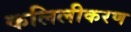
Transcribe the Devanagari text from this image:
कलिलीकरण